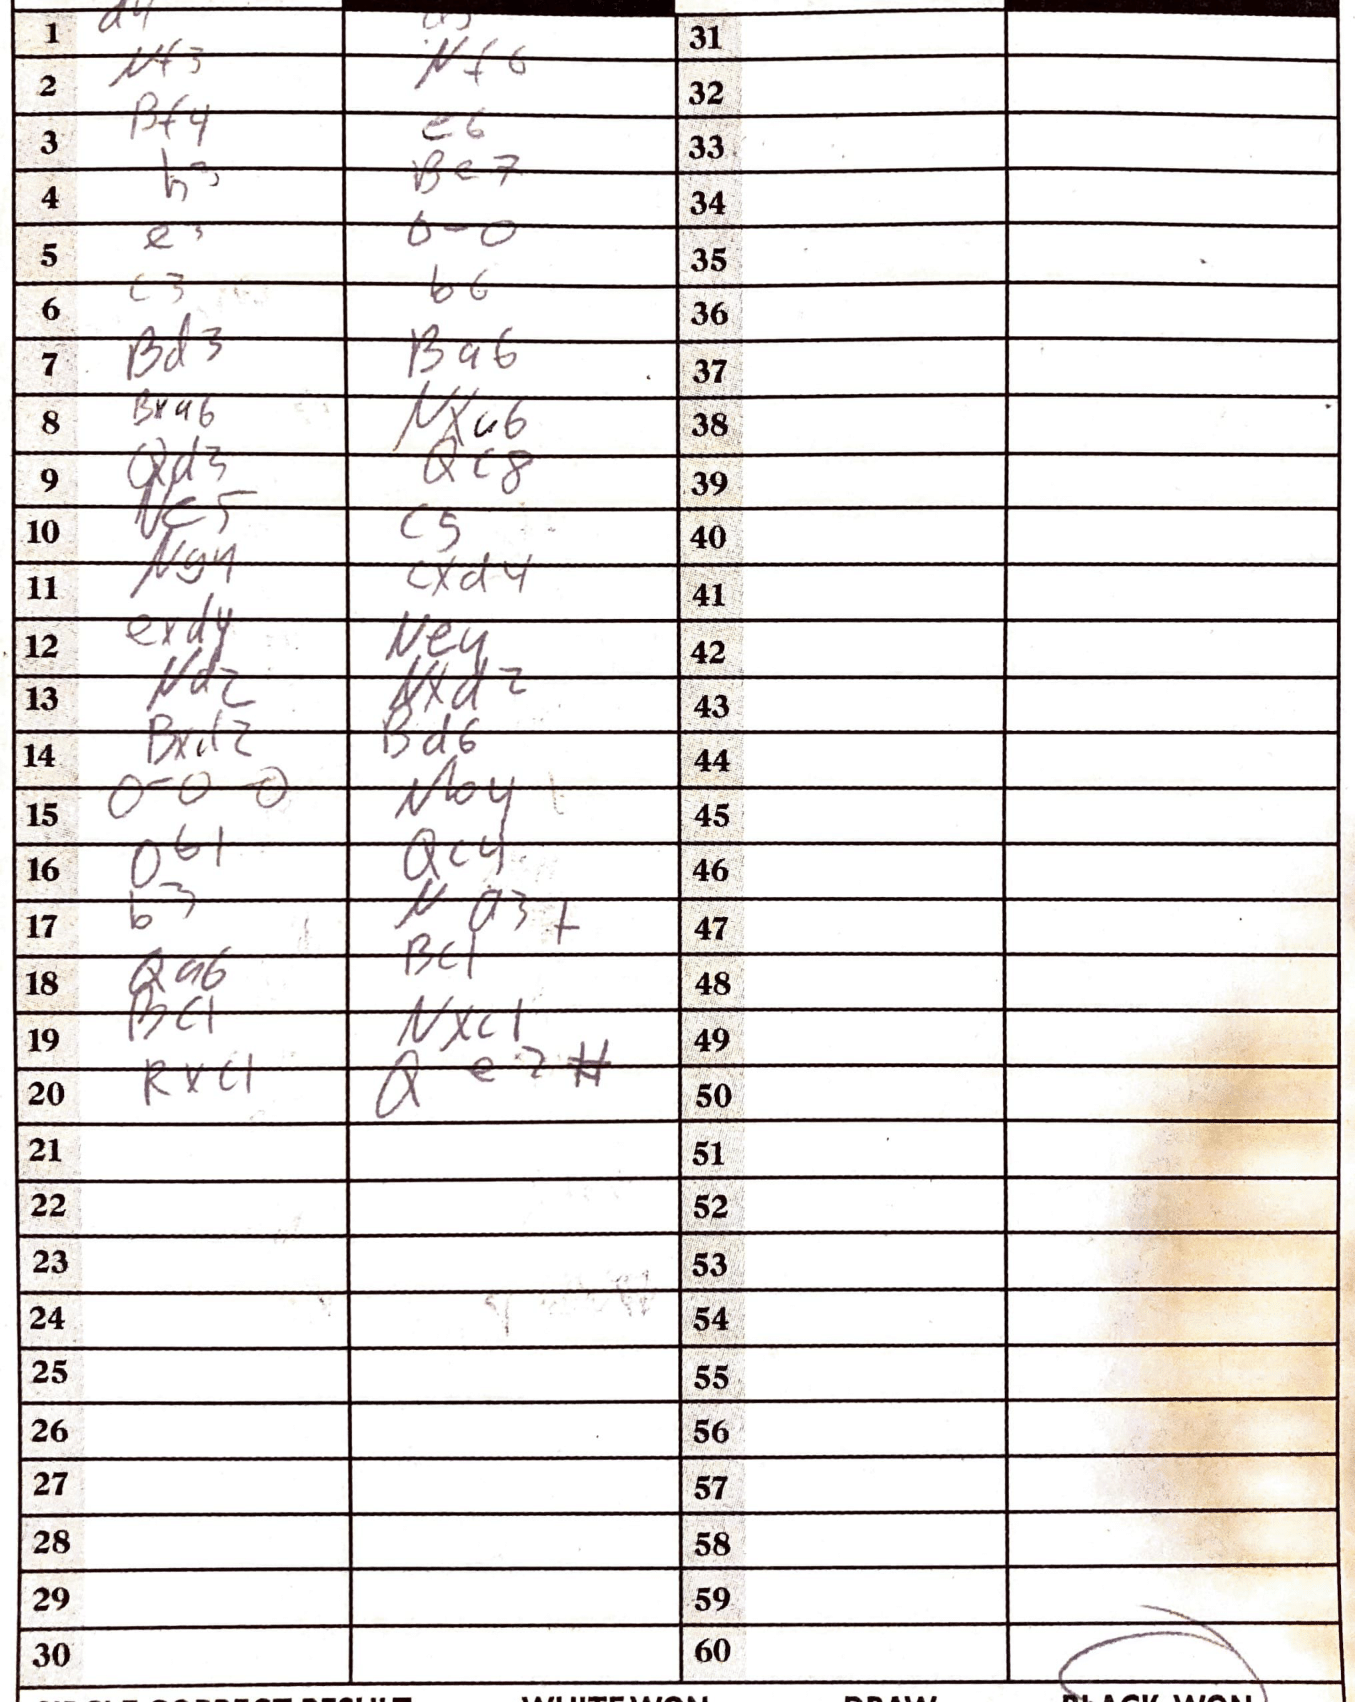
Moves: d4 Nf3 Nf6 Bf4 e6 h3 Be7 e3 O-O c3 b6 Bd3 Ba6 Bxa6 Nxc6 Qd3 Qc8 c5 cxd4 exd4 Ne4 Nd2 Nxd2 Bxd2 Bd6 Qc4 b3 Qa6 Nxc1 Rxc1